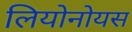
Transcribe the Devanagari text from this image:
लियोनोयस